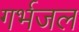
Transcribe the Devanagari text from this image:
गर्भजल